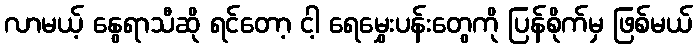
လာမယ့် နွေရာသီဆို ရင်တော့ ငါ့ ရေမွှေးပန်းတွေကို ပြန်စိုက်မှ ဖြစ်မယ်